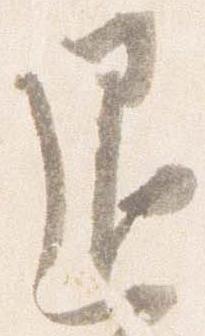
退